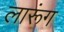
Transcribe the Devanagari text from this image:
लारूंग